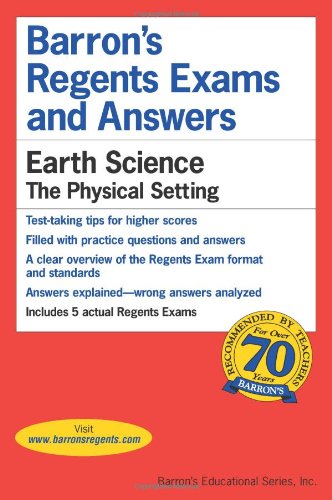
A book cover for Barron's Regents Exams and Answers: Earth Science -- The Physical Setting; Denecke; Test Preparation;